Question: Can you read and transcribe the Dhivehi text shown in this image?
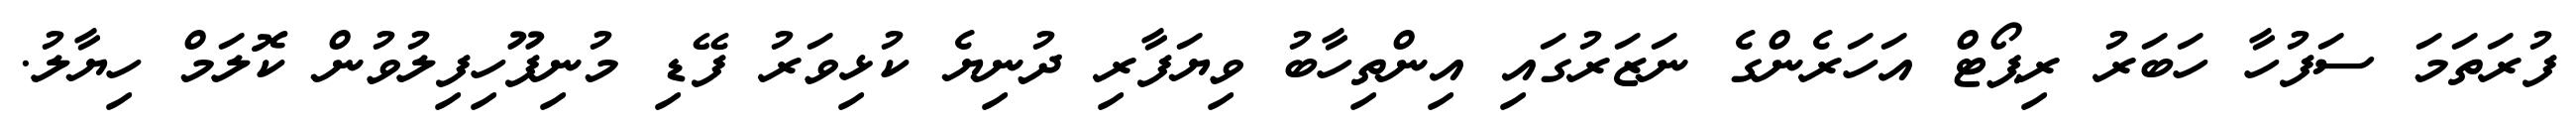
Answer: ފުރަތަމަ ސަފުހާ ހަބަރު ރިޕޯޓް އަހަރެންގެ ނަޒަރުގައި އިންތިހާބު ވިޔަފާރި ދުނިޔެ ކުޅިވަރު ފޭޑި މުނިފޫހިފިލުވުން ކޮލަމް ހިޔާލު.